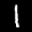
Label: 1